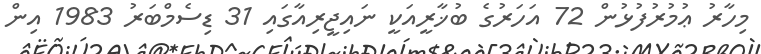
މިހާރު ޢުމުރުފުޅުން 72 އަހަރުގެ ބުޚާރީއަކީ ނައިޖީރިއާގައި 31 ޑިސެމްބަރު 1983 އިން